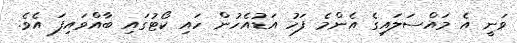
ވަނީ އެ މައްސަލައިގެ އެންމެ ފަހު އަޑުއެހުން ހައި ކޯޓުގައި ބާއްވައިފަ އެވެ.